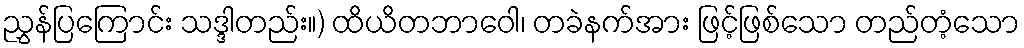
ညွှန်ပြကြောင်း သဒ္ဒါတည်း။) ထိယိတဘာဝေါ၊ တခဲနက်အား ဖြင့်ဖြစ်သော တည်တံ့သော